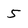
Character: 5